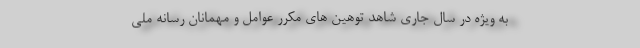
به ویژه در سال جاری شاهد توهین های مکرر عوامل و مهمانان رسانه ملی